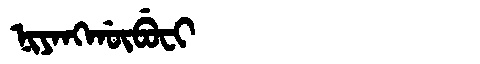
Manchu: ᠨᡳᠶᠠᠩᡤᡡᠪᡠᠸᡳ
Romanization: NIYANGGŪBUFI